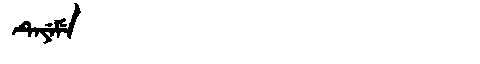
Manchu: ᡨᡝᠶᡝᠮᡝ
Romanization: TEYEME